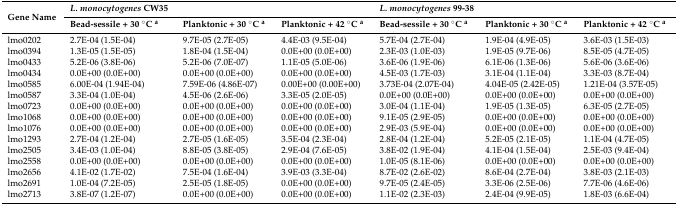
<table><thead><tr><td rowspan="2"><b>Gene Name</b></td><td colspan="3"><b><i>L. monocytogenes</i> CW35</b></td><td colspan="3"><b><i>L. monocytogenes</i> 99-38</b></td></tr><tr><td><b>Bead-sessile + 30 °C <sup>a</sup></b></td><td><b>Planktonic + 30 °C <sup>a</sup></b></td><td><b>Planktonic + 42 °C <sup>a</sup></b></td><td><b>Bead-sessile + 30 °C <sup>a</sup></b></td><td><b>Planktonic + 30 °C <sup>a</sup></b></td><td><b>Planktonic + 42 °C <sup>a</sup></b></td></tr></thead><tbody><tr><td>lmo0202</td><td>2.7E-04 (1.5E-04)</td><td>9.7E-05 (2.7E-05)</td><td>4.4E-03 (9.5E-04)</td><td>5.7E-04 (2.7E-04)</td><td>1.9E-04 (4.9E-05)</td><td>3.6E-03 (1.5E-03)</td></tr><tr><td>lmo0394</td><td>1.3E-05 (1.5E-05)</td><td>1.8E-04 (1.5E-04)</td><td>0.0E+00 (0.0E+00)</td><td>2.3E-03 (1.0E-03)</td><td>1.9E-05 (9.7E-06)</td><td>8.5E-05 (4.7E-05)</td></tr><tr><td>lmo0433</td><td>5.2E-06 (3.8E-06)</td><td>5.2E-06 (7.0E-07)</td><td>1.1E-05 (5.0E-06)</td><td>3.6E-06 (1.9E-06)</td><td>6.1E-06 (1.3E-06)</td><td>5.6E-06 (3.6E-06)</td></tr><tr><td>lmo0434</td><td>0.0E+00 (0.0E+00)</td><td>0.0E+00 (0.0E+00)</td><td>0.0E+00 (0.0E+00)</td><td>4.5E-03 (1.7E-03)</td><td>3.1E-04 (1.1E-04)</td><td>3.3E-03 (8.7E-04)</td></tr><tr><td>lmo0585</td><td>6.00E-04 (1.94E-04)</td><td>7.59E-06 (4.86E-07)</td><td>0.00E+00 (0.00E+00)</td><td>3.73E-04 (2.07E-04)</td><td>4.04E-05 (2.42E-05)</td><td>1.21E-04 (3.57E-05)</td></tr><tr><td>lmo0587</td><td>3.3E-04 (1.0E-04)</td><td>4.5E-06 (2.6E-06)</td><td>3.3E-05 (2.0E-05)</td><td>0.0E+00 (0.0E+00)</td><td>0.0E+00 (0.0E+00)</td><td>0.0E+00 (0.0E+00)</td></tr><tr><td>lmo0723</td><td>0.0E+00 (0.0E+00)</td><td>0.0E+00 (0.0E+00)</td><td>0.0E+00 (0.0E+00)</td><td>3.0E-04 (1.1E-04)</td><td>1.9E-05 (1.3E-05)</td><td>6.3E-05 (2.7E-05)</td></tr><tr><td>lmo1068</td><td>0.0E+00 (0.0E+00)</td><td>0.0E+00 (0.0E+00)</td><td>0.0E+00 (0.0E+00)</td><td>9.1E-05 (2.9E-05)</td><td>0.0E+00 (0.0E+00)</td><td>0.0E+00 (0.0E+00)</td></tr><tr><td>lmo1076</td><td>0.0E+00 (0.0E+00)</td><td>0.0E+00 (0.0E+00)</td><td>0.0E+00 (0.0E+00)</td><td>2.9E-03 (5.9E-04)</td><td>0.0E+00 (0.0E+00)</td><td>0.0E+00 (0.0E+00)</td></tr><tr><td>lmo1293</td><td>2.7E-04 (1.2E-04)</td><td>2.7E-05 (1.6E-05)</td><td>3.5E-04 (2.3E-04)</td><td>2.8E-04 (1.2E-04)</td><td>5.2E-05 (2.1E-05)</td><td>1.1E-04 (4.7E-05)</td></tr><tr><td>lmo2505</td><td>3.4E-03 (1.0E-04)</td><td>8.8E-05 (3.8E-05)</td><td>2.9E-04 (7.6E-05)</td><td>3.8E-02 (1.9E-04)</td><td>4.1E-04 (1.5E-04)</td><td>2.5E-03 (9.4E-04)</td></tr><tr><td>lmo2558</td><td>0.0E+00 (0.0E+00)</td><td>0.0E+00 (0.0E+00)</td><td>0.0E+00 (0.0E+00)</td><td>1.0E-05 (8.1E-06)</td><td>0.0E+00 (0.0E+00)</td><td>0.0E+00 (0.0E+00)</td></tr><tr><td>lmo2656</td><td>4.1E-02 (1.7E-02)</td><td>7.5E-04 (1.6E-04)</td><td>3.9E-03 (3.3E-04)</td><td>8.7E-02 (2.6E-02)</td><td>8.6E-04 (2.7E-04)</td><td>3.8E-03 (2.1E-03)</td></tr><tr><td>lmo2691</td><td>1.0E-04 (7.2E-05)</td><td>2.5E-05 (1.8E-05)</td><td>0.0E+00 (0.0E+00)</td><td>9.7E-05 (2.4E-05)</td><td>3.3E-06 (2.5E-06)</td><td>7.7E-06 (4.6E-06)</td></tr><tr><td>lmo2713</td><td>3.8E-07 (1.2E-07)</td><td>0.0E+00 (0.0E+00)</td><td>0.0E+00 (0.0E+00)</td><td>1.1E-02 (2.3E-03)</td><td>2.4E-04 (9.9E-05)</td><td>1.8E-03 (6.6E-04)</td></tr></tbody></table>